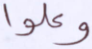
وعلوا